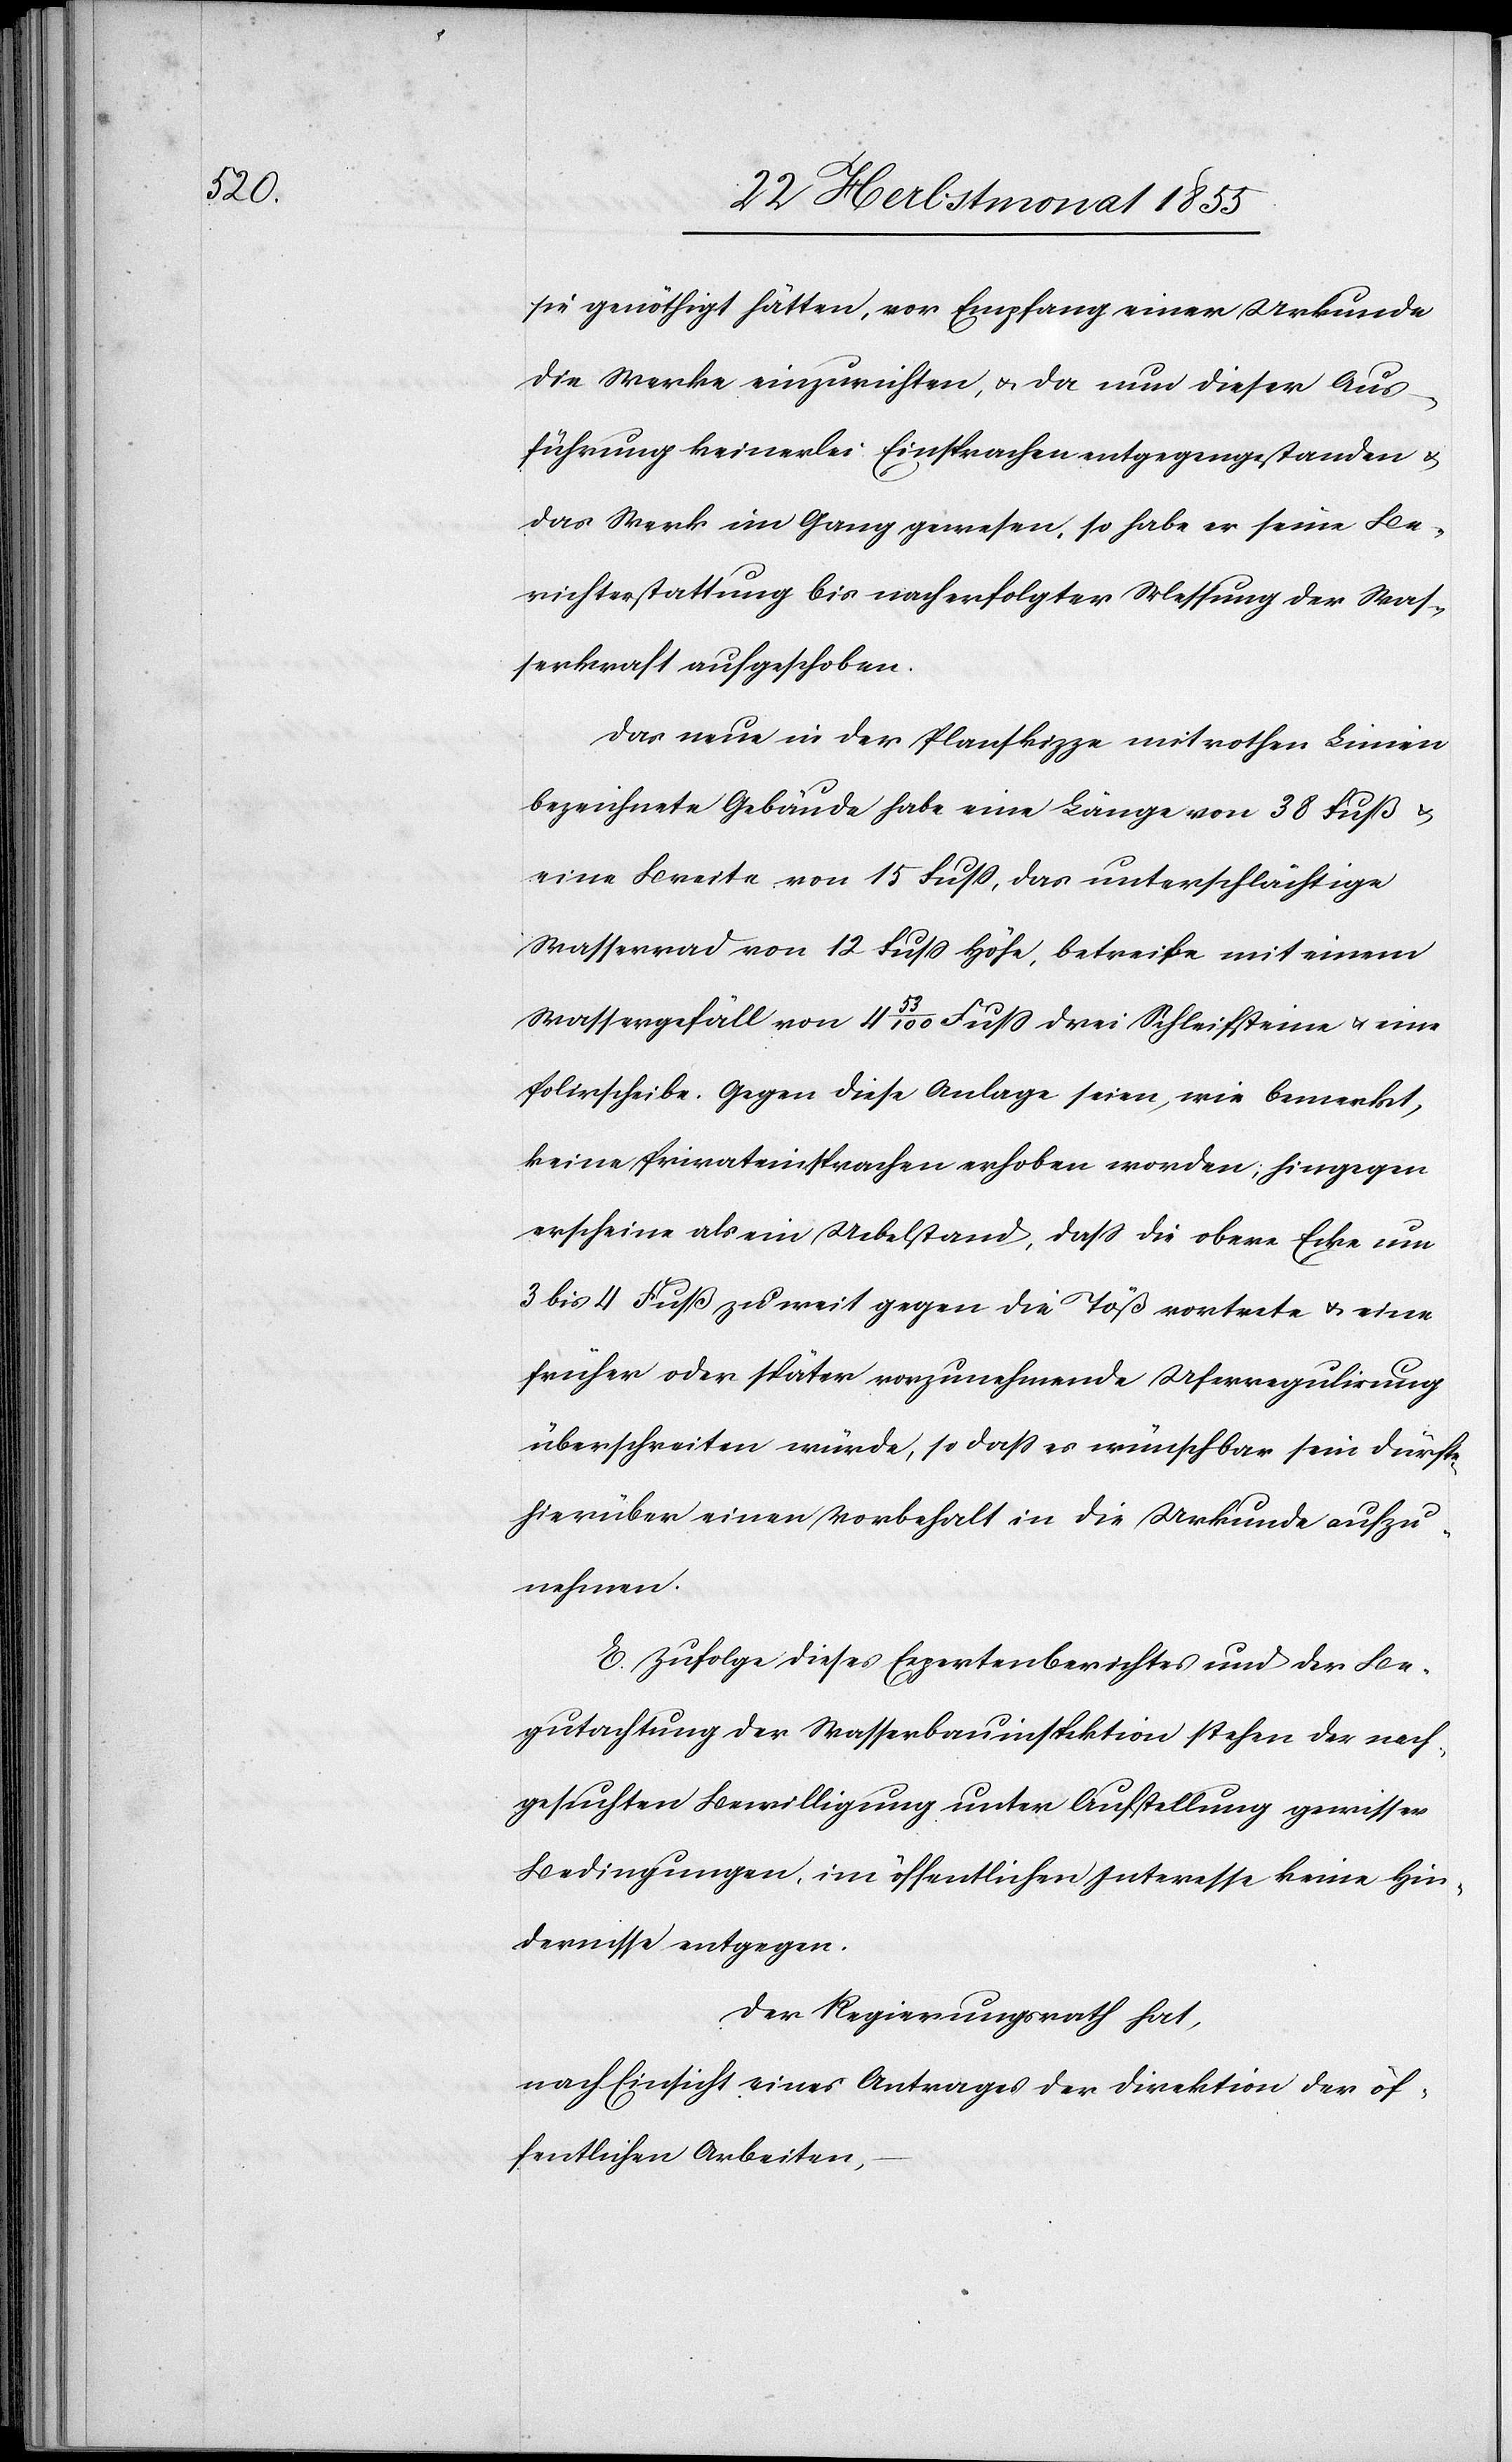
sie genöthigt hätten, vor Empfang einer Urkunde
die Werke einzurichten, & da nun dieser Aus¬
führung keinerlei Einsprachen entgegengestanden &
das Werk im Gang gewesen, so habe er seine Be¬
richterstattung bis nach erfolgter Messung der Was¬
serkraft aufgeschoben.
Das neue in der Planskizze mit rothen Linien
bezeichnete Gebäude habe eine Länge von 38 Fuß &
eine Breite von 15 Fuss, das unterschlächtige
Wasserrad von 12 Fuss Höhe, betreibe mit einem
Wassergefäll von 4 53/100 Fuss drei Schleifsteine & eine
Polirscheibe. Gegen diese Anlage seien, wie bemerkt,
keine Privateinsprachen erhoben worden; hingegen
erscheine als ein Uebelstand, dass die obere Ecke um
3 bis 4 Fuß zu weit gegen die Töß vortrete & eine
früher oder später vorzunehmende Uferregulirung
überschreiten würde, so dass es wünschbar sein dürfte,
hierüber einen Vorbehalt in die Urkunde aufzu¬
nehmen.
E. Zufolge dieses Expertenberichtes und der Be¬
gutachtung der Wasserbauinspektion stehen der nach¬
gesuchten Bewilligung unter Aufstellung gewisser
Bedingungen, im öffentlichen Interesse keine Hin¬
dernisse entgegen.
Der Regierungsrath hat,
nach Einsicht eines Antrages der Direktion der öf¬
fentlichen Arbeiten,